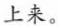
上来。